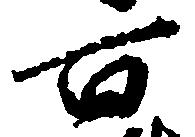
百